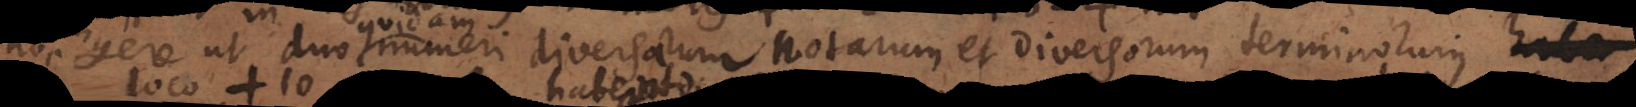
contingere ut duo numeri diversarum notarum et diversorum terminor